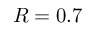
R = 0 . 7